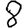
Digit: 8